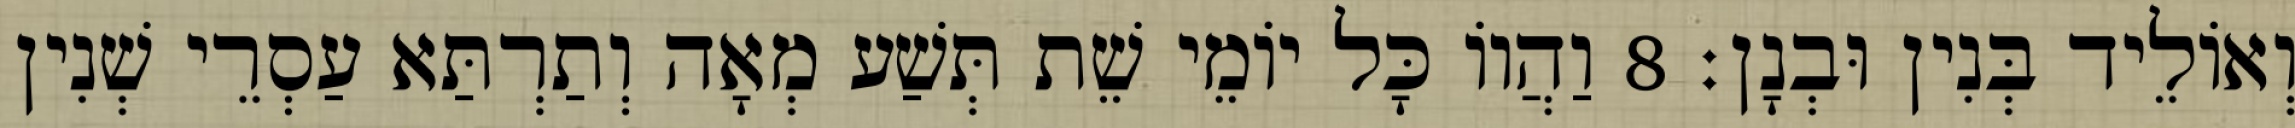
וְאוֹלֵיד בְּנִין וּבְנָן׃ 8 וַהֲווֹ כָּל יוֹמֵי שֵׁת תְּשַׁע מְאָה וְתַרְתַּא עַסְרֵי שְׁנִין